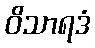
ဝိသာရဒံ